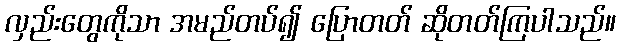
လှည်းတွေကိုသာ အမည်တပ်၍ ပြောတတ် ဆိုတတ်ကြပါသည်။